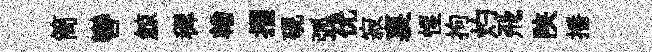
筒轡鯨穉輶摺硯弧优寂裏惺拘灼飛陕播